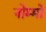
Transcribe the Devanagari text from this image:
नोम्मो